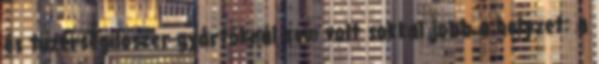
és tüzérségilőszer-gyártóknál sem volt sokkal jobb a helyzet: a